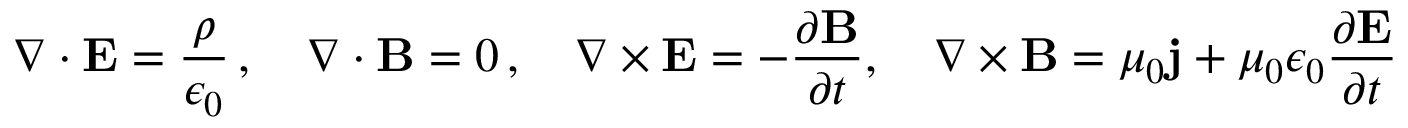
\nabla \cdot \mathbf { E } = \frac { \rho } { \epsilon _ { 0 } } \, , \quad \nabla \cdot \mathbf { B } = 0 \, , \quad \nabla \times \mathbf { E } = - \frac { \partial \mathbf { B } } { \partial t } , \quad \nabla \times \mathbf { B } = \mu _ { 0 } \mathbf { j } + \mu _ { 0 } \epsilon _ { 0 } \frac { \partial \mathbf { E } } { \partial t } \,